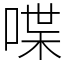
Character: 喋